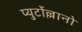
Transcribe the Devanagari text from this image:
प्युर्टोल्लानो